Leningradi_Edasi_toimetus, lk 41
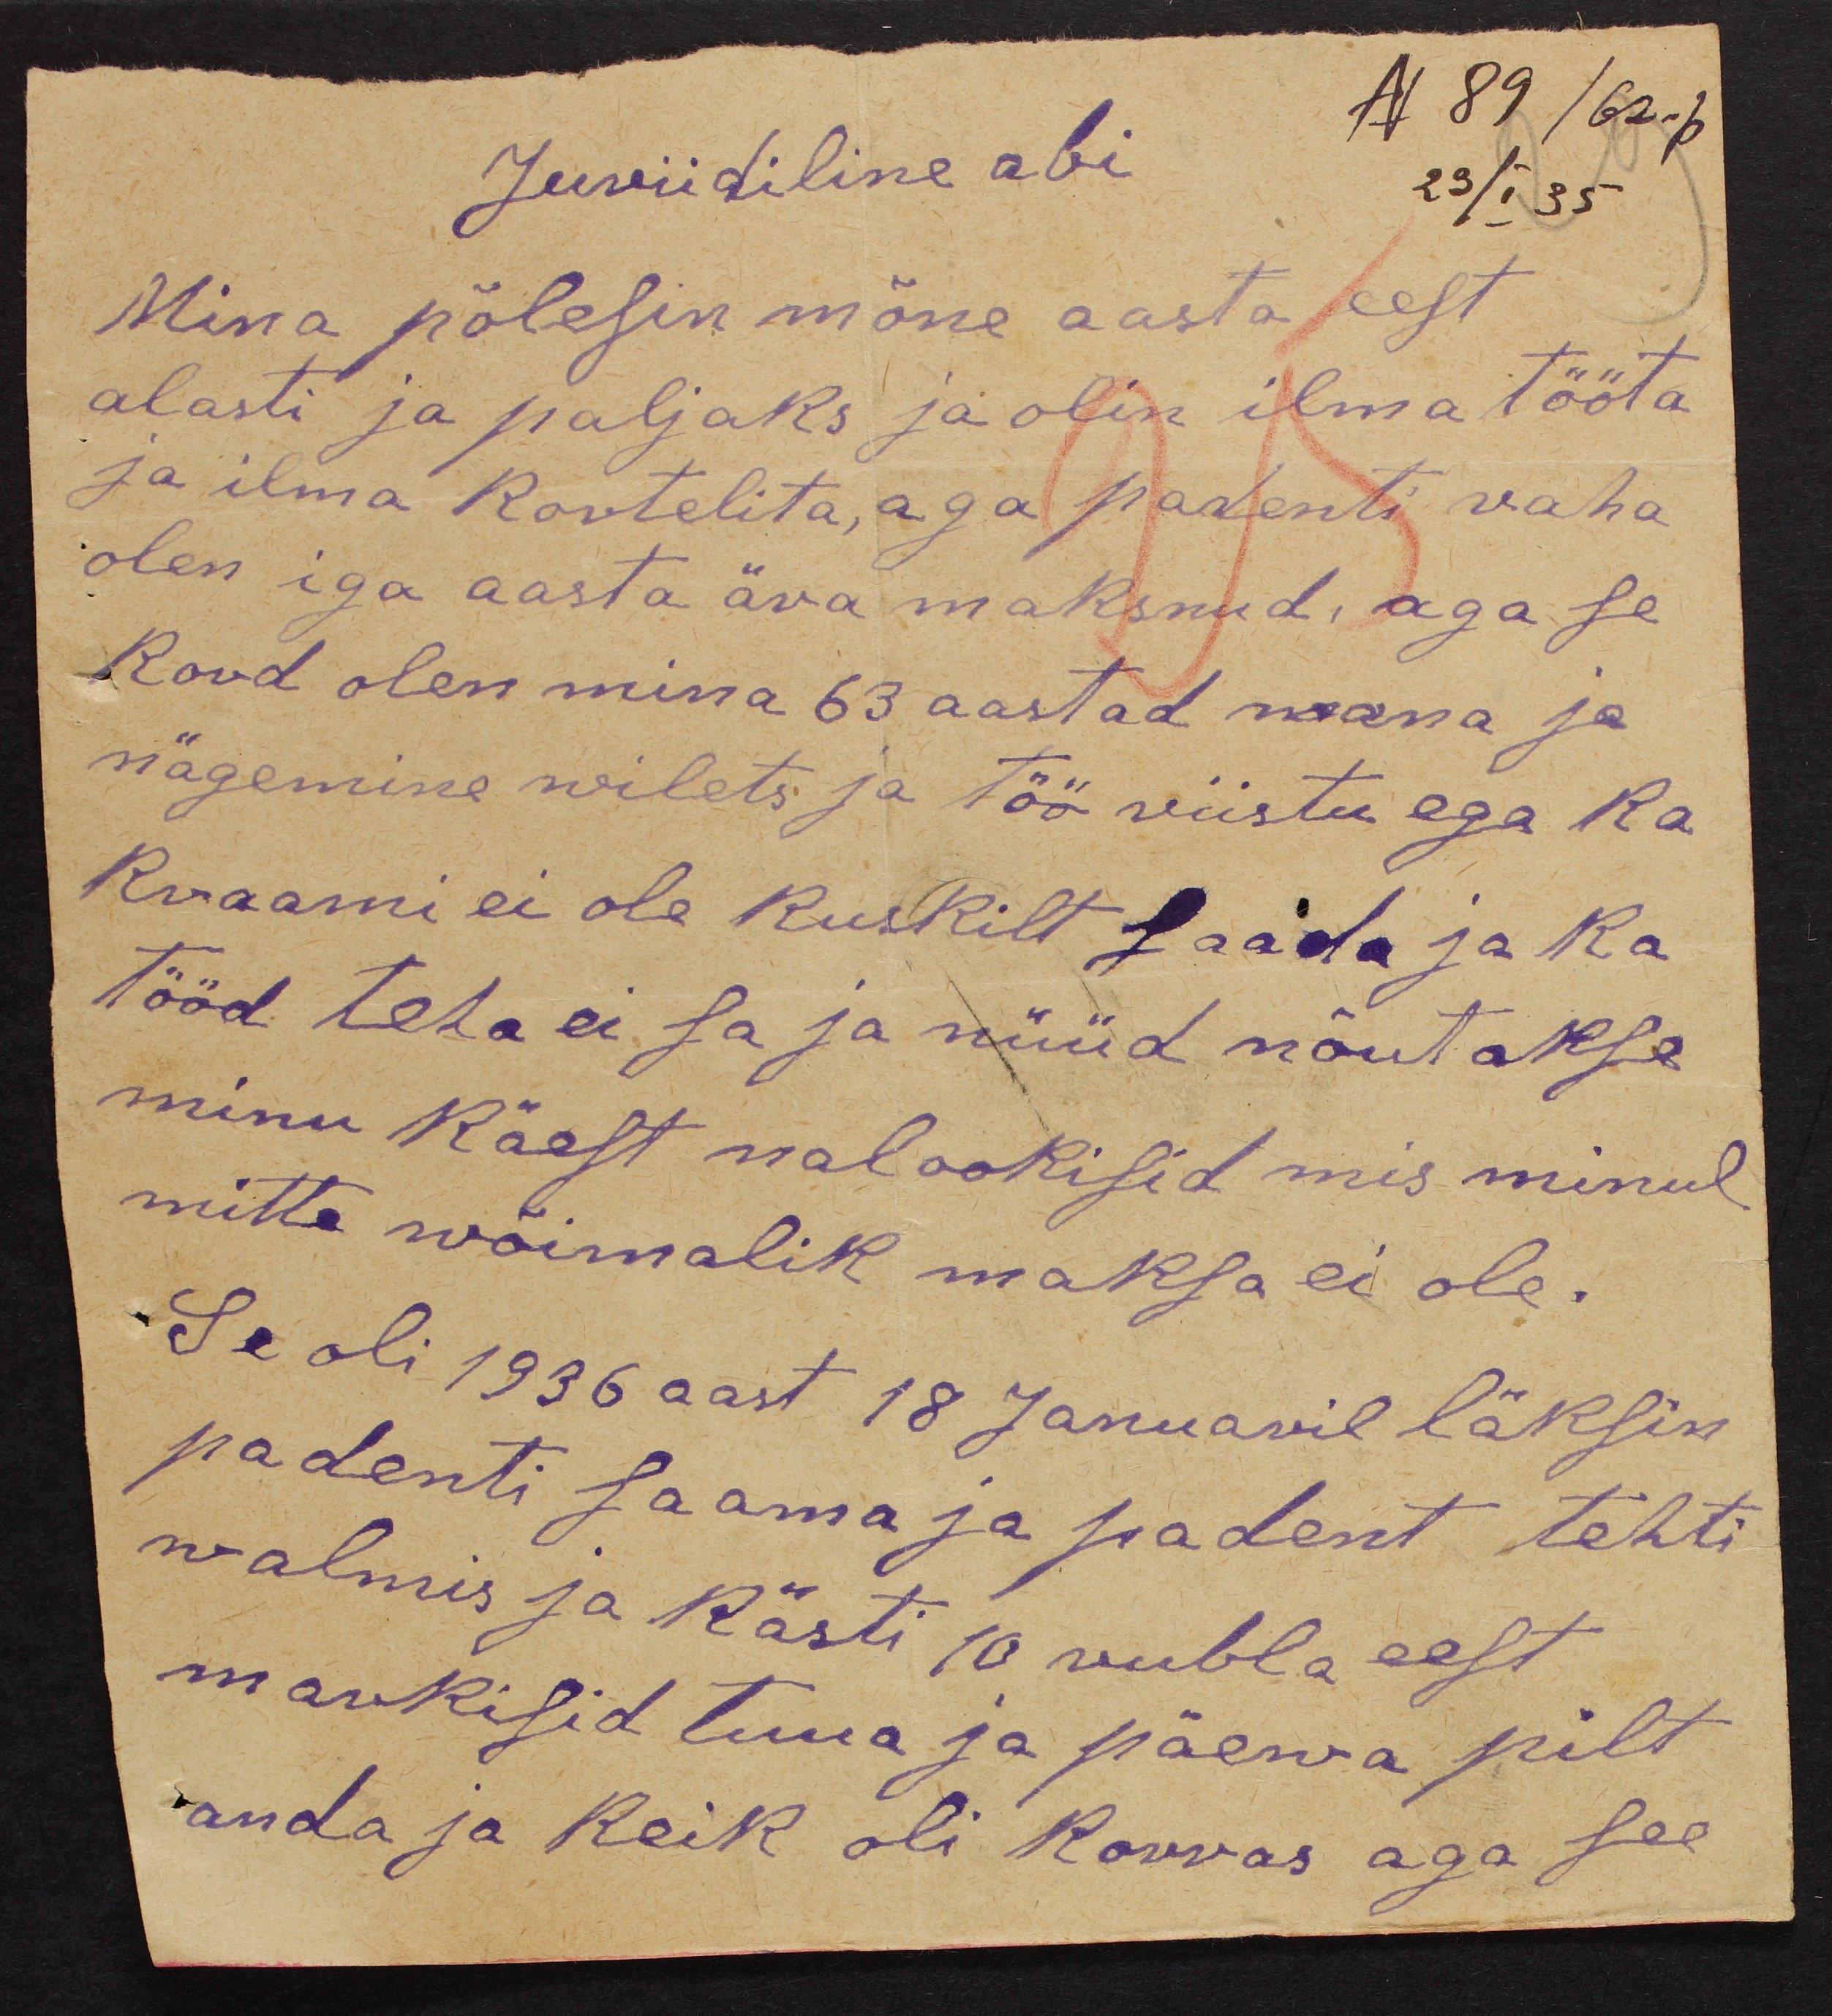
Juriidiline abi
N 89/62.b
23/I 35
Mina põlesin mõne aasta eest
alasti ja paljaks ja olin ilma tööta
ja ilma kortelita, aga padenti raha
olen iga aasta ära maksnud, aga se
kord olen mina 63 aastad wana ja
nägemine wilets ja töö riistu ega ka
kraami ei ole kuskilt saada ja ka
tööd teha ei sa ja nüüd nõutakse
minu käest nalookisid mis minul
mitte wõimalik maksa ei ole.
Se oli 1936 aast 18 Januaril läksin
padenti saama ja padent tehti
walmis ja kästi 10 rubla eest
markisid tuua ja päewa pilt
anda ja keik oli korras aga see